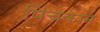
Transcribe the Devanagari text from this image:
पिचकाने